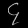
Digit: ၄